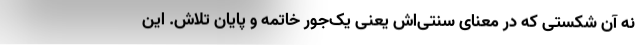
نه آن شکستی که در معنای سنتی‌اش یعنی یک‌جور خاتمه و پایان تلاش. این